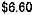
$6.60